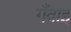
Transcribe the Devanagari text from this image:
गँवाइ